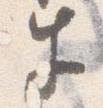
牛